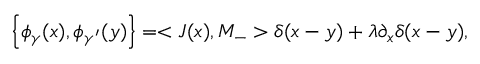
\left\{ \phi _ { \gamma } ( x ) , \phi _ { \gamma ^ { \prime } } ( y ) \right\} = < J ( x ) , M _ { - } > \delta ( x - y ) + \lambda \partial _ { x } \delta ( x - y ) ,